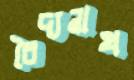
বৈদ্যনাথ